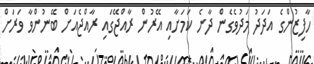
ހާފިޒުންގެ އަދަދު މަދުވެގެން ދާނެ ކަމަށާއި އޭރުން ރާއްޖޭގައި ރާއްޖެއަށް ބޭނުންވާ ވަރަށް